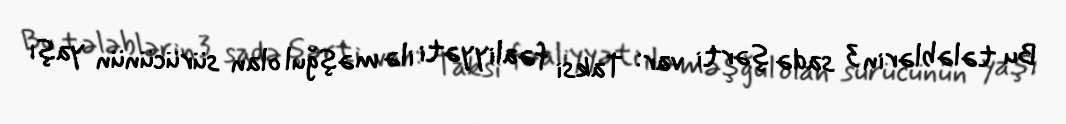
Bu tələblərin 3 sadə şərti var: Taksi fəaliyyəti ilə məşğul olan sürücünün yaşı